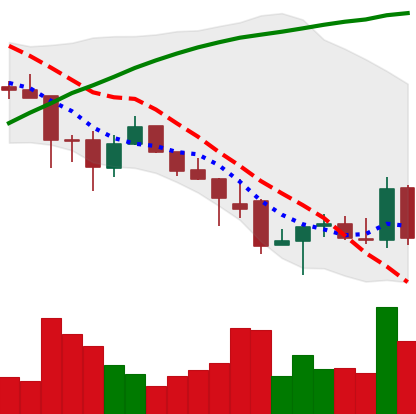
Ticker: ADA-USD
Chart end date: 2021-12-03
Forward return: -10.246%
Label: down_7plus